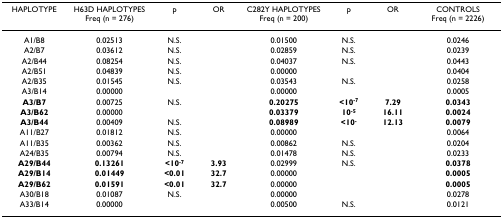
| HAPLOTYPE | H63D HAPLOTYPES Freq (n = 276) | p | OR | C282Y HAPLOTYPES Freq (n = 200) | p | OR | CONTROLS Freq (n = 2226) |
 | --- | --- | --- | --- | --- | --- | --- | --- |
 | A1/B8 | 0.02513 | N.S. |  | 0.01500 | N.S. |  | 0.0246 |
 | A2/B7 | 0.03612 | N.S. |  | 0.02859 | N.S. |  | 0.0239 |
 | A2/B44 | 0.08254 | N.S. |  | 0.04037 | N.S. |  | 0.0443 |
 | A2/B51 | 0.04839 | N.S. |  | 0.00000 |  |  | 0.0404 |
 | A2/B35 | 0.01545 | N.S. |  | 0.03543 | N.S. |  | 0.0258 |
 | A3/B14 | 0.00000 |  |  | 0.00000 |  |  | 0.0005 |
 | A3/B7 | 0.00725 | N.S. |  | 0.20275 | <10-7 | 7.29 | 0.0343 |
 | A3/B62 | 0.00000 |  |  | 0.03379 | 10-5 | 16.11 | 0.0024 |
 | A3/B44 | 0.00409 | N.S. |  | 0.08989 | <10- | 12.13 | 0.0079 |
 | A11/B27 | 0.01812 | N.S. |  | 0.00000 |  |  | 0.0064 |
 | A11/B35 | 0.00362 | N.S. |  | 0.00862 | N.S. |  | 0.0204 |
 | A24/B35 | 0.00794 | N.S. |  | 0.01478 | N.S. |  | 0.0233 |
 | A29/B44 | 0.13261 | <10-7 | 3.93 | 0.02999 | N.S. |  | 0.0378 |
 | A29/B14 | 0.01449 | <0.01 | 32.7 | 0.00000 |  |  | 0.0005 |
 | A29/B62 | 0.01591 | <0.01 | 32.7 | 0.00000 |  |  | 0.0005 |
 | A30/B18 | 0.01087 | N.S. |  | 0.00000 |  |  | 0.0278 |
 | A33/B14 | 0.00000 |  |  | 0.00500 | N.S. |  | 0.0121 |